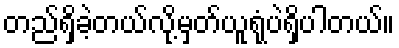
တည်ရှိခဲ့တယ်လို့မှတ်ယူရုံပဲရှိပါတယ်။